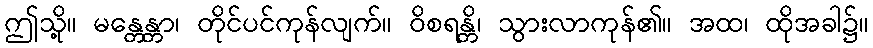
ဤသို့။ မန္တေန္တာ၊ တိုင်ပင်ကုန်လျက်။ ဝိစရန္တိ၊ သွားလာကုန်၏။ အထ၊ ထိုအခါ၌။